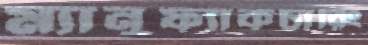
ম্যানুফ্যাকচারিং